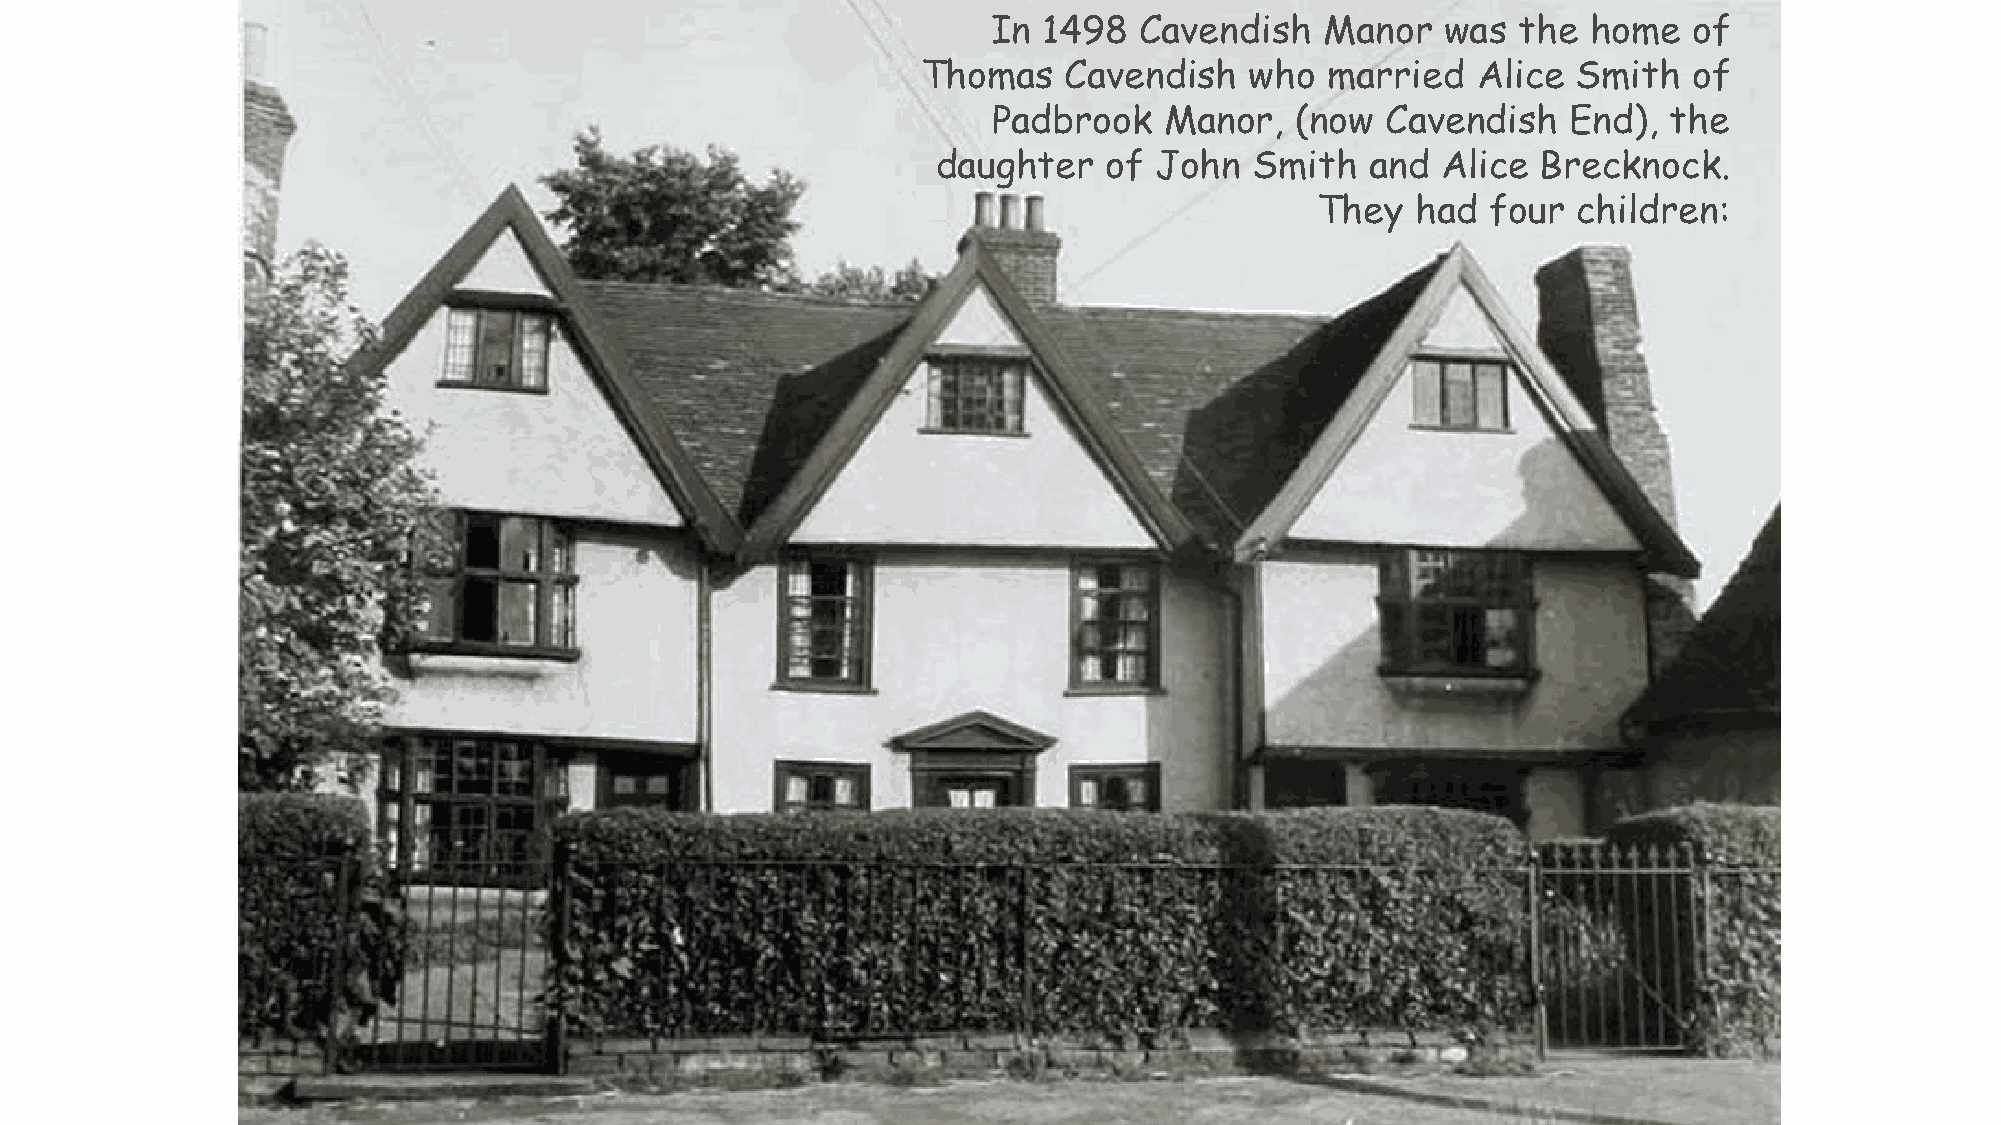
In 1498  Cavendish    Manor   was the  home   of
 Thomas    Cavendish   who  married   Alice Smith   of
 Padbrook   Manor,   (now  Cavendish   End),  the
 daughter   of John   Smith   and Alice  Brecknock.
 They   had  four children: